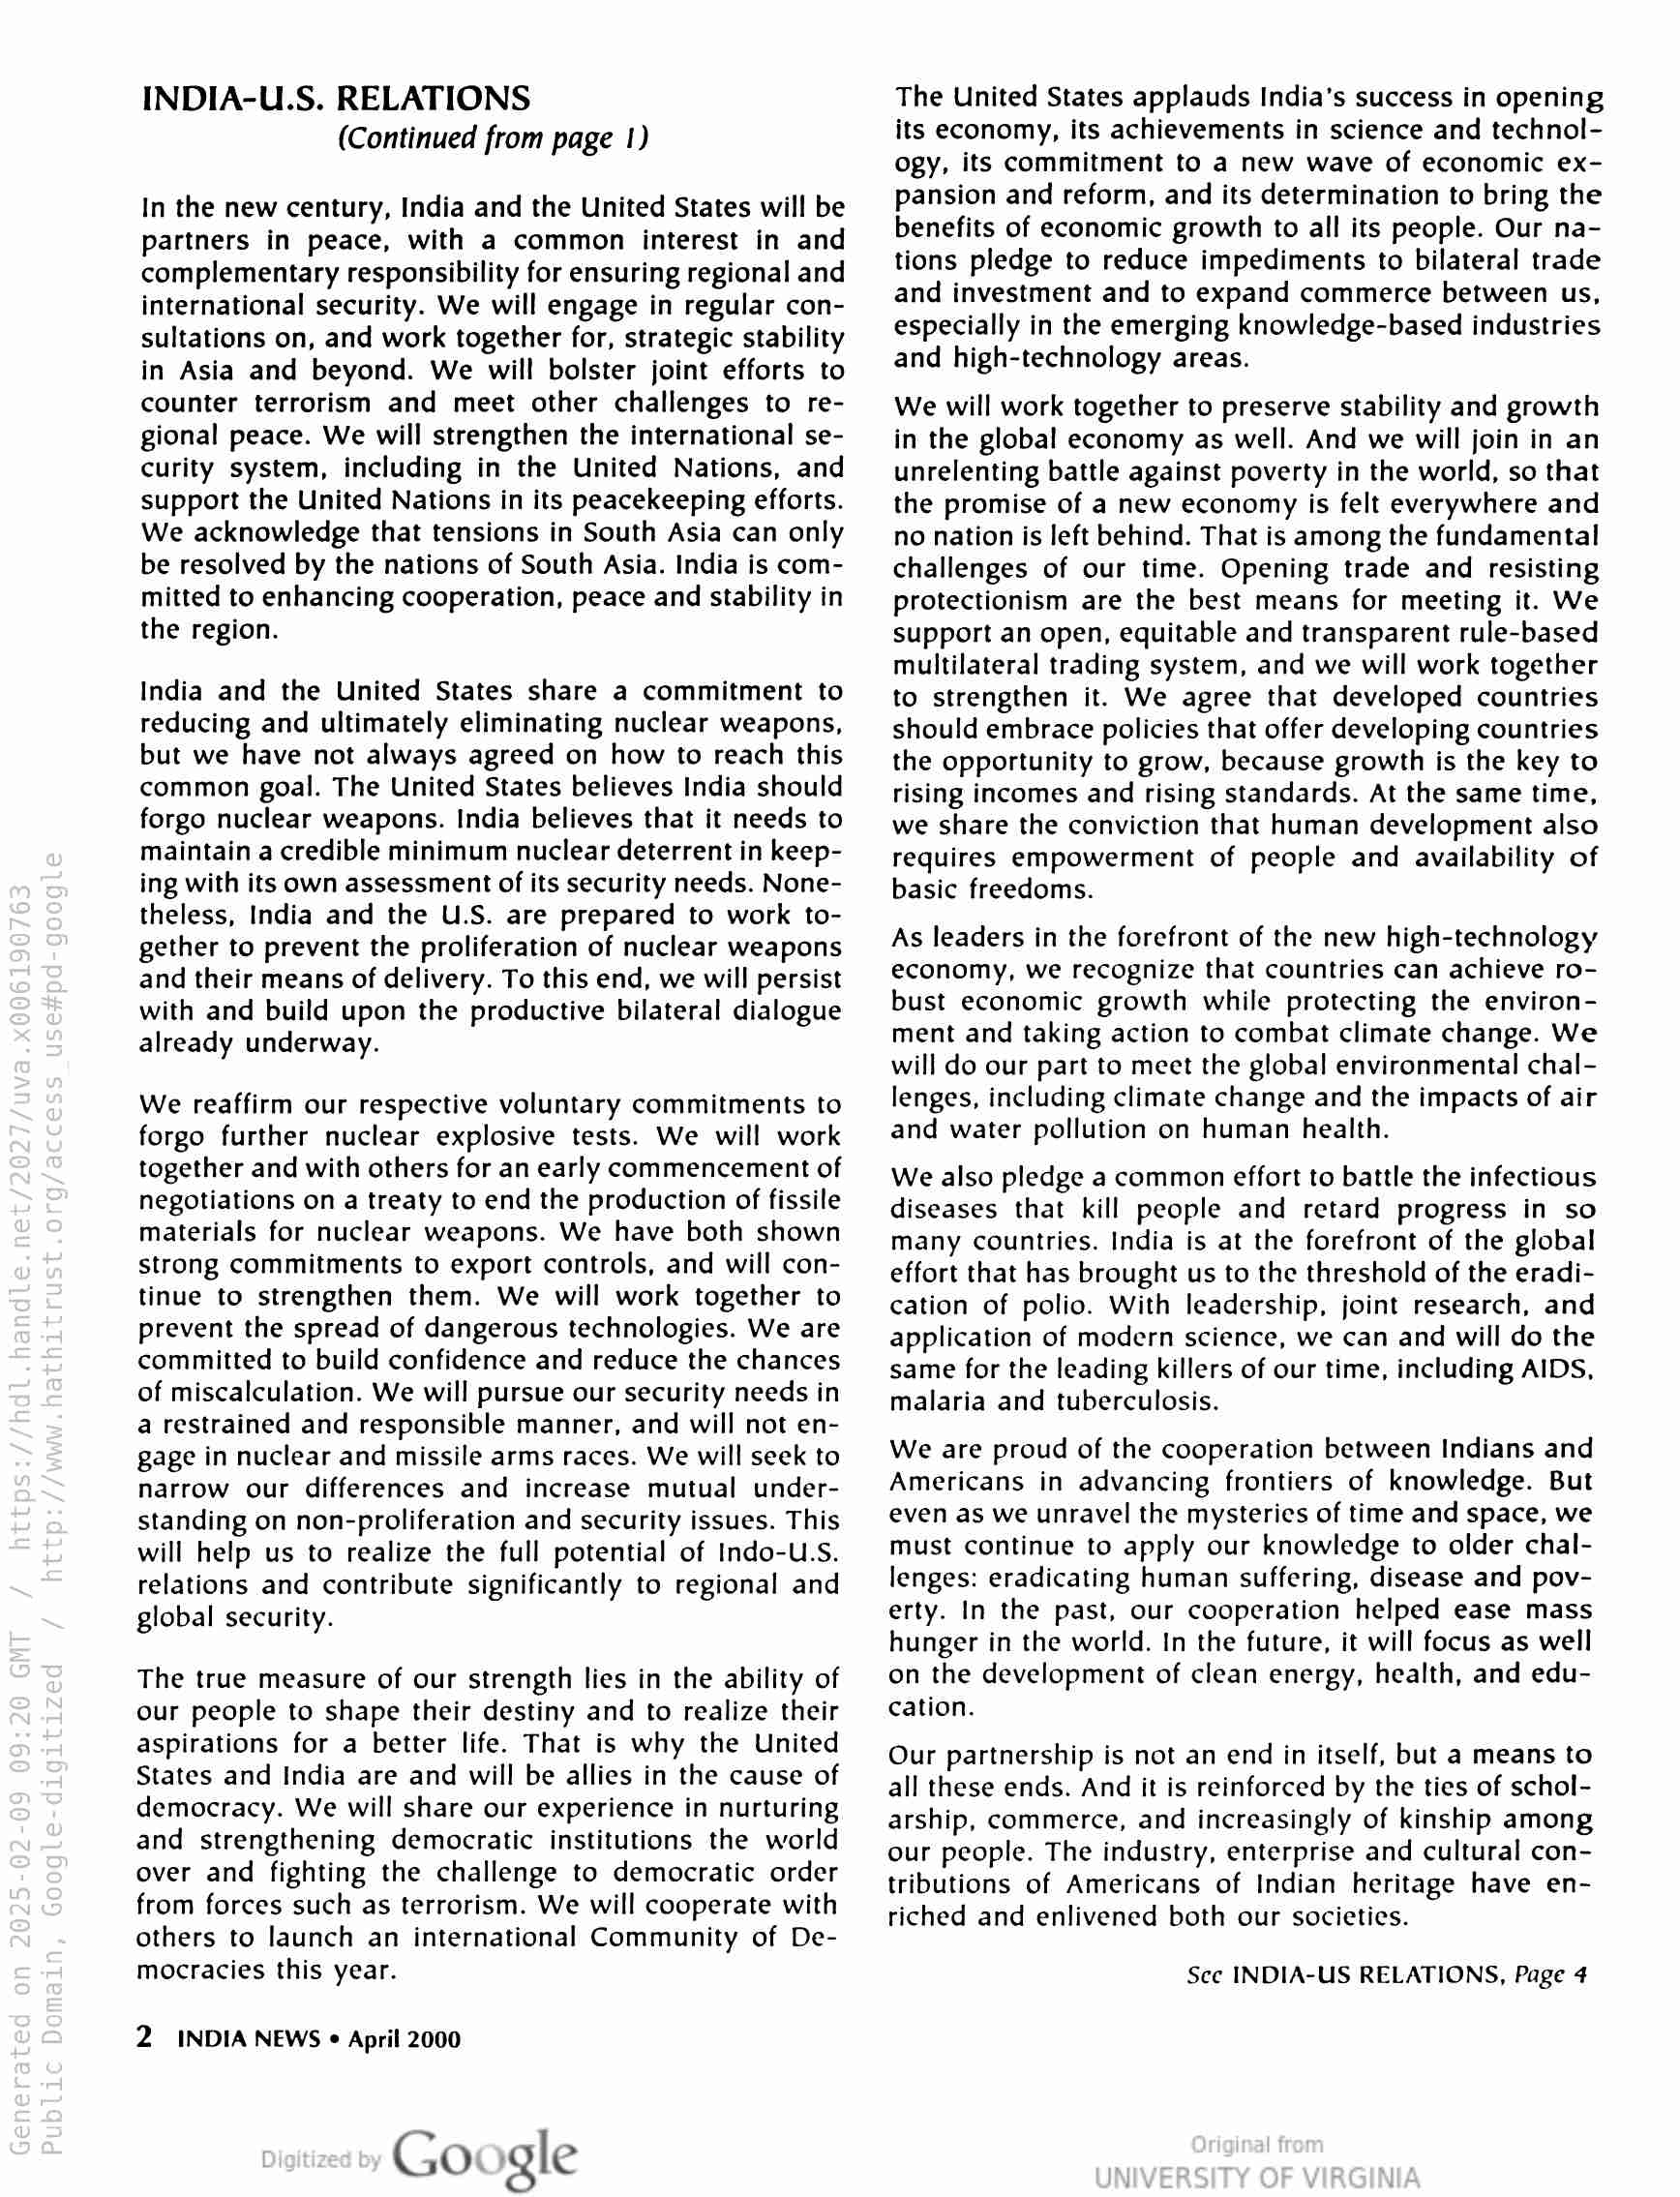
INDIA-U.S. RELATIONS
(Continued from page 1)

In the new century, India and the United States will be
partners in peace, with a common interest in and
complementary responsibility for ensuring regional and
international security. We will engage in regular con-
sultations on, and work together for, strategic stability
in Asia and beyond. We will bolster joint efforts to
counter terrorism and meet other challenges to re-
gional peace. We will strengthen the international se-
curity system, including in the United Nations, and
support the United Nations in its peacekeeping efforts.
We acknowledge that tensions in South Asia can only
be resolved by the nations of South Asia. India is com-
mitted to enhancing cooperation, peace and stability in
the region.

India and the United States share a commitment to
reducing and ultimately eliminating nuclear weapons,
but we have not always agreed on how to reach this
common goal. The United States believes India should
forgo nuclear weapons. India believes that it needs to
maintain a credible minimum nuclear deterrent in keep-
ing with its own assessment of its security needs. None-
theless, India and the U.S. are prepared to work to-
gether to prevent the proliferation of nuclear weapons
and their means of delivery. To this end, we will persist
with and build upon the productive bilateral dialogue
already underway.

We reaffirm our respective voluntary commitments to
forgo further nuclear explosive tests. We will work
together and with others for an early commencement of
negotiations on a treaty to end the production of fissile
materials for nuclear weapons. We have both shown
strong commitments to export controls, and will con-
tinue to strengthen them. We will work together to
prevent the spread of dangerous technologies. We are
committed to build confidence and reduce the chances
of miscalculation. We will pursue our security needs in
a restrained and responsible manner, and will not en-
gage in nuclear and missile arms races. We will seek to
narrow our differences and increase mutual under-
standing on non-proliferation and security issues. This
will help us to realize the full potential of Indo-U.S.
relations and contribute significantly to regional and
global security.

The true measure of our strength lies in the ability of
our people to shape their destiny and to realize their
aspirations for a better life. That is why the United
States and India are and will be allies in the cause of
democracy. We will share our experience in nurturing
and strengthening democratic institutions the world
over and fighting the challenge to democratic order
from forces such as terrorism. We will cooperate with
others to launch an international Community of De-
mocracies this year.

2 INDIA NEWS « April 2000

Google

The United States applauds India’s success in opening
its economy, its achievements in science and technol-
ogy, its commitment to a new wave of economic ex-
pansion and reform, and its determination to bring the
benefits of economic growth to all its people. Our na-
tions pledge to reduce impediments to bilateral trade
and investment and to expand commerce between us,
especially in the emerging knowledge-based industries
and high-technology areas.

We will work together to preserve stability and growth
in the global economy as well. And we will join in an
unrelenting battle against poverty in the world, so that
the promise of a new economy is felt everywhere and
no nation is left behind. That is among the fundamental
challenges of our time. Opening trade and resisting
protectionism are the best means for meeting it. We
support an open, equitable and transparent rule-based
multilateral trading system, and we will work together
to strengthen it. We agree that developed countries
should embrace policies that offer developing countries
the opportunity to grow, because growth is the key to
rising incomes and rising standards. At the same time,
we share the conviction that human development also
requires empowerment of people and availability of
basic freedoms.

As leaders in the forefront of the new high-technology
economy, we recognize that countries can achieve ro-
bust economic growth while protecting the environ-
ment and taking action to combat climate change. We
will do our part to meet the global environmental chal-
lenges, including climate change and the impacts of air
and water pollution on human health.

We also pledge a common effort to battle the infectious
diseases that kill people and retard progress in so
many countries. India is at the forefront of the global
effort that has brought us to the threshold of the eradi-
cation of polio. With leadership, joint research, and
application of modern science, we can and will do the
same for the leading killers of our time, including AIDS,
malaria and tuberculosis.

We are proud of the cooperation between Indians and
Americans in advancing frontiers of knowledge. But
even as we unravel the mysteries of time and space, we
must continue to apply our knowledge to older chal-
lenges: eradicating human suffering, disease and pov-
erty. In the past, our cooperation helped ease mass
hunger in the world. In the future, it will focus as well
on the development of clean energy, health, and edu-
cation.

Our partnership is not an end in itself, but a means to
all these ends. And it is reinforced by the ties of schol-
arship, commerce, and increasingly of kinship among
our people. The industry, enterprise and cultural con-
tributions of Americans of Indian heritage have en-
tiched and enlivened both our societies.

Sec INDIA-US RELATIONS, Page 4